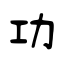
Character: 功